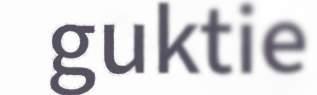
guktie